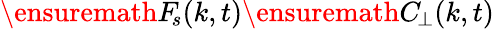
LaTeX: \ensuremath{F_{\! s}}(k,t)\ensuremath{C_{\! \! \: \perp}}(k,t)